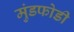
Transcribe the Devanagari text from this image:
मुंडफोडी